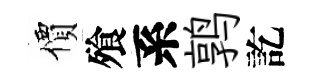
價飱系鹑訖